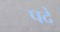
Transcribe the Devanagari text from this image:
पदें